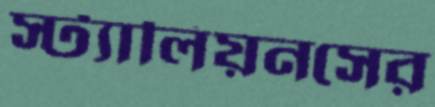
স্ট্যালিয়নসের